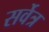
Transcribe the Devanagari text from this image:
सर्वेत्र